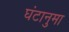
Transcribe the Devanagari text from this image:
घंटानुमा